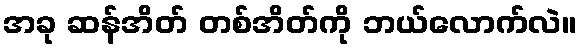
အခု ဆန်အိတ် တစ်အိတ်ကို ဘယ်လောက်လဲ။